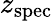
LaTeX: z_{\mathrm{{spec}}}